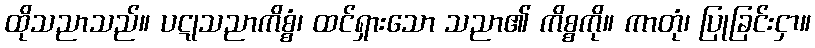
ထိုသညာသည်။ ပဋုသညာကိစ္စံ၊ ထင်ရှားသော သညာ၏ ကိစ္စကို။ ကာတုံ၊ ပြုခြင်းငှာ။